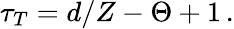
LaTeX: \tau_{T}=d/Z-\Theta+1\, .